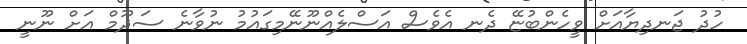
ހުދު ޖަނދިޔާއަށް ވީހެންބުޏޭ ދެނ އެވެސް އަސްލެއްނޫނޭމިގައުމު ނުވާނެ ސަދޫމް އަށް ނޫނީ